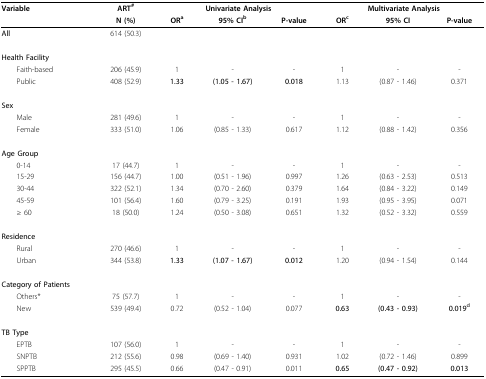
<table><thead><tr><td><b>Variable</b></td><td><b>ART<sup>#</sup></b></td><td colspan="3"><b>Univariate Analysis</b></td><td colspan="3"><b>Multivariate Analysis</b></td></tr><tr><td></td><td><b>N (%)</b></td><td><b>OR<sup>a</sup></b></td><td><b>95% CI<sup>b</sup></b></td><td><b>P-value</b></td><td><b>OR<sup>c</sup></b></td><td><b>95% CI</b></td><td><b>P-value</b></td></tr></thead><tbody><tr><td><b>All</b></td><td>614 (50.3)</td><td></td><td></td><td></td><td></td><td></td><td></td></tr><tr><td><b>Health Facility</b></td><td></td><td></td><td></td><td></td><td></td><td></td><td></td></tr><tr><td> Faith-based</td><td>206 (45.9)</td><td>1</td><td>-</td><td>-</td><td>1</td><td>-</td><td>-</td></tr><tr><td> Public</td><td>408 (52.9)</td><td><b>1.33</b></td><td><b>(1.05 - 1.67)</b></td><td><b>0.018</b></td><td>1.13</td><td>(0.87 - 1.46)</td><td>0.371</td></tr><tr><td><b>Sex</b></td><td></td><td></td><td></td><td></td><td></td><td></td><td></td></tr><tr><td> Male</td><td>281 (49.6)</td><td>1</td><td>-</td><td>-</td><td>1</td><td>-</td><td>-</td></tr><tr><td> Female</td><td>333 (51.0)</td><td>1.06</td><td>(0.85 - 1.33)</td><td>0.617</td><td>1.12</td><td>(0.88 - 1.42)</td><td>0.356</td></tr><tr><td><b>Age Group</b></td><td></td><td></td><td></td><td></td><td></td><td></td><td></td></tr><tr><td> 0-14</td><td>17 (44.7)</td><td>1</td><td>-</td><td>-</td><td>1</td><td>-</td><td>-</td></tr><tr><td> 15-29</td><td>156 (44.7)</td><td>1.00</td><td>(0.51 - 1.96)</td><td>0.997</td><td>1.26</td><td>(0.63 - 2.53)</td><td>0.513</td></tr><tr><td> 30-44</td><td>322 (52.1)</td><td>1.34</td><td>(0.70 - 2.60)</td><td>0.379</td><td>1.64</td><td>(0.84 - 3.22)</td><td>0.149</td></tr><tr><td> 45-59</td><td>101 (56.4)</td><td>1.60</td><td>(0.79 - 3.25)</td><td>0.191</td><td>1.93</td><td>(0.95 - 3.95)</td><td>0.071</td></tr><tr><td> ≥ 60</td><td>18 (50.0)</td><td>1.24</td><td>(0.50 - 3.08)</td><td>0.651</td><td>1.32</td><td>(0.52 - 3.32)</td><td>0.559</td></tr><tr><td><b>Residence</b></td><td></td><td></td><td></td><td></td><td></td><td></td><td></td></tr><tr><td> Rural</td><td>270 (46.6)</td><td>1</td><td>-</td><td>-</td><td>1</td><td>-</td><td>-</td></tr><tr><td> Urban</td><td>344 (53.8)</td><td><b>1.33</b></td><td><b>(1.07 - 1.67)</b></td><td><b>0.012</b></td><td>1.20</td><td>(0.94 - 1.54)</td><td>0.144</td></tr><tr><td><b>Category of Patients</b></td><td></td><td></td><td></td><td></td><td></td><td></td><td></td></tr><tr><td> Others*</td><td>75 (57.7)</td><td>1</td><td>-</td><td>-</td><td>1</td><td>-</td><td>-</td></tr><tr><td> New</td><td>539 (49.4)</td><td>0.72</td><td>(0.52 - 1.04)</td><td>0.077</td><td><b>0.63</b></td><td><b>(0.43 - 0.93)</b></td><td><b>0.019<sup>d</sup></b></td></tr><tr><td><b>TB Type</b></td><td></td><td></td><td></td><td></td><td></td><td></td><td></td></tr><tr><td> EPTB</td><td>107 (56.0)</td><td>1</td><td>-</td><td>-</td><td>1</td><td>-</td><td>-</td></tr><tr><td> SNPTB</td><td>212 (55.6)</td><td>0.98</td><td>(0.69 - 1.40)</td><td>0.931</td><td>1.02</td><td>(0.72 - 1.46)</td><td>0.899</td></tr><tr><td> SPPTB</td><td>295 (45.5)</td><td>0.66</td><td>(0.47 - 0.91)</td><td>0.011</td><td><b>0.65</b></td><td><b>(0.47 - 0.92)</b></td><td><b>0.013</b></td></tr></tbody></table>